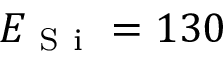
E _ { \mathrm { ~ S ~ i ~ } } = 1 3 0